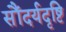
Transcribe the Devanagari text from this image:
सौंदर्यदृष्टि